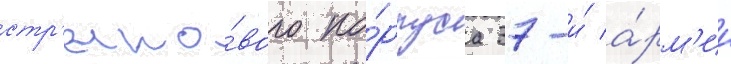
стр'елко́вого ко́рпуса 37-и́ а́рм'ии